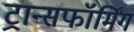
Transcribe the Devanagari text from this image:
ट्रान्सफॉर्मिंग